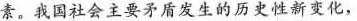
素。我国社会主要矛盾发生的历史性新变化，